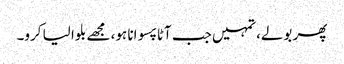
پھر بولے،تمہیں جب آٹا پسوانا ہو، مجھے بلوا لیا کرو۔